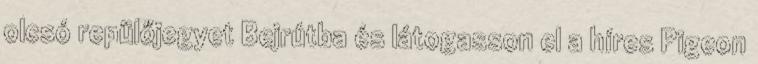
olcsó repülőjegyet Bejrútba és látogasson el a híres Pigeon